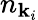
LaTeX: n_{{\mathbf{k}}_{i}}